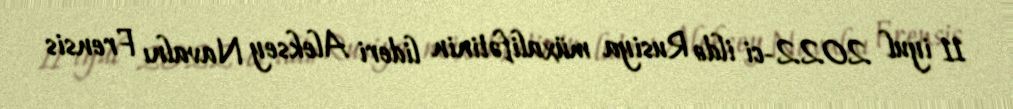
11 iyul 2022-ci ildə Rusiya müxalifətinin lideri Aleksey Navalnı Frensis